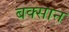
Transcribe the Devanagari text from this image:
बक्सान